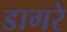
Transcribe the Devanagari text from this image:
डागरे